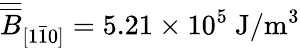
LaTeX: \overline{{\overline{{B}}}}_{[1\bar{1}0]}=5.21\times 10^{5}~\mathrm{J/m^{3}}